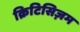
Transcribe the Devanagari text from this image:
क्रिटिसिज़म